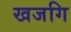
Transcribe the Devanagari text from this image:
खजगि